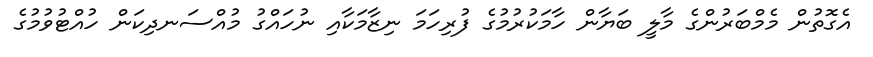
އެގޮތުން މެމްބަރުންގެ މާލީ ބަޔާން ހާމަކުރުމުގެ ފުރިހަމަ ނިޒާމަކާއި ނުހައްގު މުއްސަނދިކަން ހުއްޓުވުމުގެ